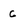
Character: C